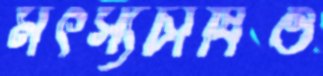
মৎস্যচাষিও